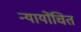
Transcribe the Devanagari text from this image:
न्‍यायोंचित